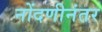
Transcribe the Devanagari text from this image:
नोंदणीनंतर